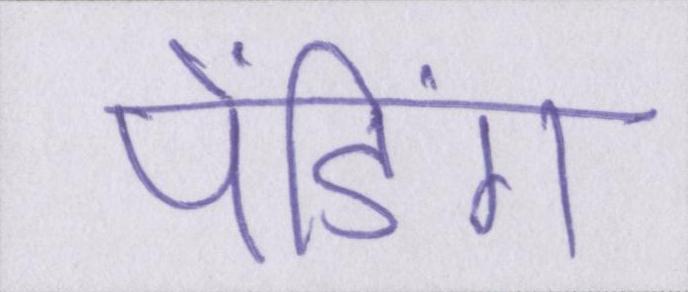
पेंडिंग